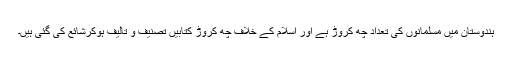
ہندوستان میں مسلمانوں کی تعداد چھ کروڑ ہے اور اسلام کے خلاف چھ کروڑ کتابیں تصنیف و تالیف ہوکرشائع کی گئی ہیں۔